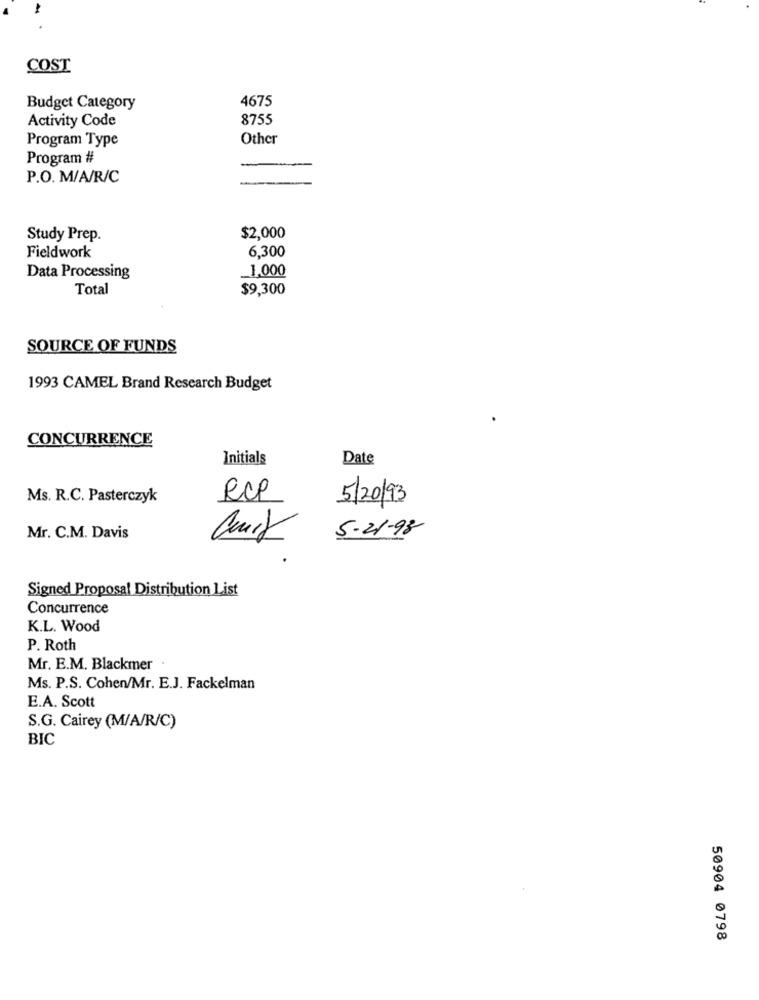
COST
4675
Budget Category
Activity Code
8755
Program Type
Other
Program #
P.O. M/A/R/C
Study Prep.
$2,000
6,300
Fieldwork
_1,000
Data Processing
Total
$9,300
SOURCE OF FUNDS
1993 CAMEL Brand Research Budget
CONCURRENCE
Initials
Date
Ms. R.C. Pasterczyk
RCP
5/20/93
5-21-98
Mr. C.M. Davis
Signed Proposal Distribution List
Concurrence
K.L. Wood
P. Roth
Mr. E.M. Blackmer
Ms. P.S. Cohen/Mr. E.J. Fackelman
E.A. Scott
S.G. Cairey (M/A/R/C)
BIC
50904 0798